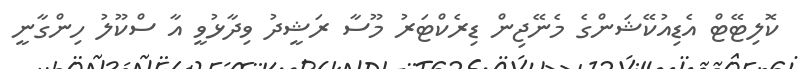
ކޮލިޓޭޓް އެޑިއުކޭޝަންގެ މެނޭޖިން ޑިރެކްޓަރު މޫސާ ރަޝީދު ވިދާޅުވީ އާ ސްކޫލު ހިންގާނީ